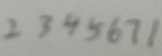
2 3 4 5 6 7 1